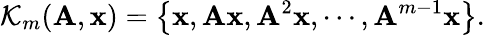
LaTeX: \mathcal{K}_{m}(\mathbf{A},\mathbf{x})=\left\{ \mathbf{x},\mathbf{Ax},\mathbf{A}^{2}\mathbf{x},\cdots,\mathbf{A}^{m-1}\mathbf{x}\right\} .